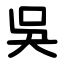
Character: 吳